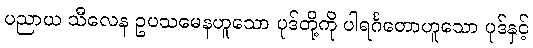
ပညာယ သီလေန ဥပသမေနဟူသော ပုဒ်တို့ကို ပါရင်္ဂတောဟူသော ပုဒ်နှင့်